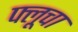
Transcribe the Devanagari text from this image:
फ्लूचा